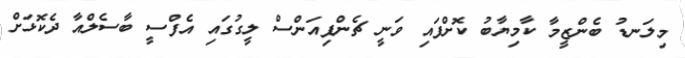
މިލަނޑު ބެންޒީމާ ކާމިޔާބު ކޮށްފައި ވަނީ ޗެންޕިއަންސް ލީގުގައި އެފްސީ ބާސެލްއާ ދެކޮޅަށް